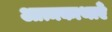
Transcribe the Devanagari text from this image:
आत्मकाथाएँ